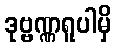
ဒုဗ္ဗဏ္ဏရူပါမှိ